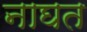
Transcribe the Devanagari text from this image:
नाघत